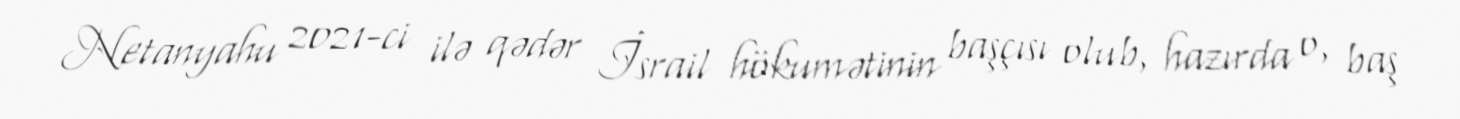
Netanyahu 2021-ci ilə qədər İsrail hökumətinin başçısı olub, hazırda o, baş